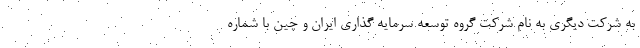
به شرکت دیگری به نام شرکت گروه توسعه سرمایه گذاری ایران و چین با شماره